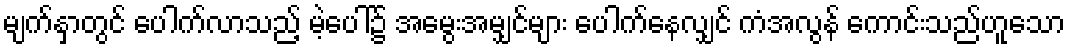
မျက်နှာတွင် ပေါက်လာသည့် မဲ့ပေါ်၌ အမွေးအမျှင်များ ပေါက်နေလျှင် ကံအလွန် ကောင်းသည်ဟူသော